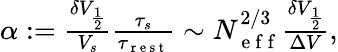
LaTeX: \begin{array}{r}{\alpha:=\frac{\delta V_{\frac{1}{2}}}{V_{s}}\frac{\tau_{s}}{\tau_{\mathrm{~r~e~s~t~}}}\sim N_{\mathrm{~e~f~f~}}^{2/3}\frac{\delta V_{\frac{1}{2}}}{\Delta V},}\end{array}